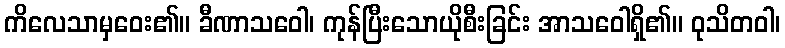
ကိလေသာမှဝေး၏။ ခီဏာသဝေါ၊ ကုန်ပြီးသောယိုစီးခြင်း အာသဝေါရှိ၏။ ဝုသိတဝါ၊